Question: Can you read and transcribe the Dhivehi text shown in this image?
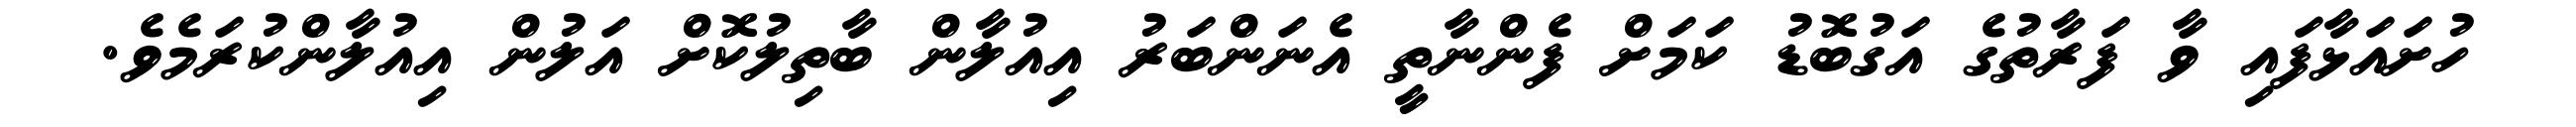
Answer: ހުށައަޅާފައި ވާ ފަރާތުގެ އަގުބޮޑު ކަމަށް ފެންނާތީ އެނަންބަރު އިއުލާން ބާތިލުކޮށް އަލުން އިއުލާންކުރަމެވެ.